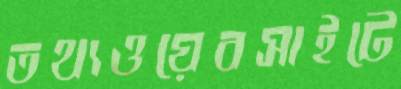
তথ্যওয়েবসাইটে